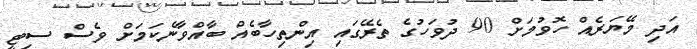
އަދި މޭޔަރެއް ހޮވުމަށް 90 ދުވަހުގެ ތެރޭގައި އިންތިހާބެއް ބާއްވާނެކަމަށް ވެސް ސިޓީ